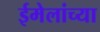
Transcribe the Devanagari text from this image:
ईमेलांच्या